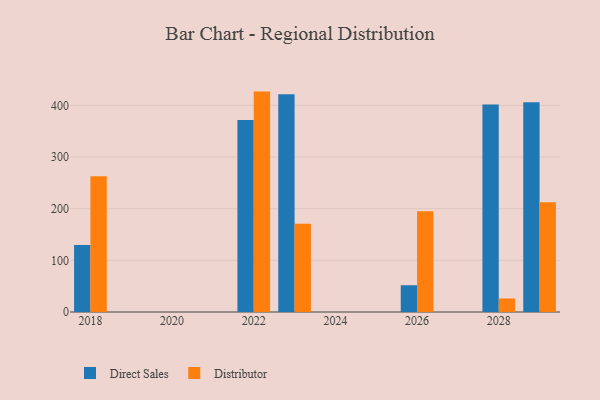
{"axis": {"x": "Year", "y": "Churn Rate (%)"}, "legend": ["Direct Sales", "Distributor"], "data": [{"x": "2018", "y": 129.8, "type": "Direct Sales"}, {"x": "2018", "y": 262.8, "type": "Distributor"}, {"x": "2028", "y": 401.9, "type": "Direct Sales"}, {"x": "2028", "y": 26.2, "type": "Distributor"}, {"x": "2029", "y": 406.1, "type": "Direct Sales"}, {"x": "2029", "y": 212.4, "type": "Distributor"}, {"x": "2023", "y": 421.4, "type": "Direct Sales"}, {"x": "2023", "y": 171.0, "type": "Distributor"}, {"x": "2022", "y": 371.7, "type": "Direct Sales"}, {"x": "2022", "y": 426.7, "type": "Distributor"}, {"x": "2026", "y": 51.8, "type": "Direct Sales"}, {"x": "2026", "y": 194.9, "type": "Distributor"}]}